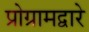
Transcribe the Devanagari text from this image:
प्रोग्रामद्वारे